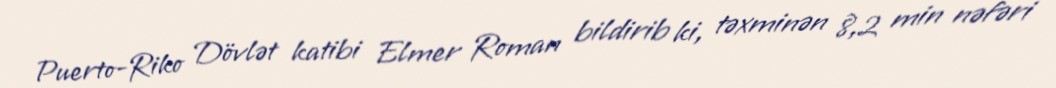
Puerto-Riko Dövlət katibi Elmer Roman bildirib ki, təxminən 8,2 min nəfəri